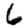
Digit: 6